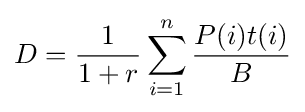
D={\frac {1}{1+r}}\sum _{i=1}^{n}{\frac {P(i)t(i)}{B}}